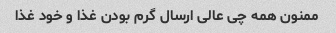
ممنون همه چی عالی ارسال گرم بودن غذا و خود غذا